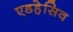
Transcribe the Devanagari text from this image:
एडहेसिव